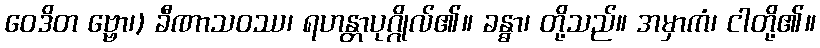
ဝေဒိတ ဗ္ဗော၊) ခီဏာသဝဿ၊ ရဟန္တာပုဂ္ဂိုလ်၏။ ခန္ဓာ၊ တို့သည်။ အမှာကံ၊ ငါတို့၏။